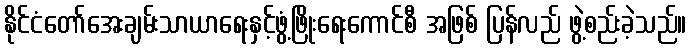
နိုင်ငံတော်အေးချမ်းသာယာရေးနှင့်ဖွံ့ဖြိုးရေးကောင်စီ အဖြစ် ပြန်လည် ဖွဲ့စည်းခဲ့သည်။